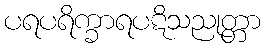
ပရပရိက္ခာရပဋိသညုတ္တာ